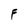
Character: F